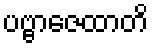
ပဗ္ဗာဇေထာတိ